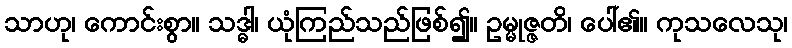
သာဟု၊ ကောင်းစွာ။ သဒ္ဓါ၊ ယုံကြည်သည်ဖြစ်၍။ ဥမ္မုဇ္ဇတိ၊ ပေါ်၏။ ကုသလေသု၊